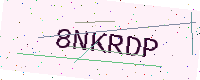
Text: 8NKRDP